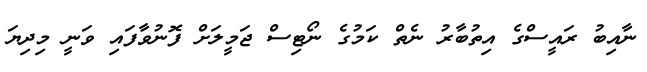
ނާއިބު ރައީސްގެ އިތުބާރު ނެތް ކަމުގެ ނޯޓިސް ޖަމީލަށް ފޮނުވާފައި ވަނީ މިދިޔަ